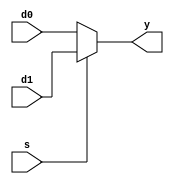
module mux2 (
	d0,
	d1,
	s,
	y
);
	parameter WIDTH = 32;
	input wire [WIDTH - 1:0] d0;
	input wire [WIDTH - 1:0] d1;
	input wire s;
	output wire [WIDTH - 1:0] y;
	assign y = (s ? d1 : d0);
endmodule